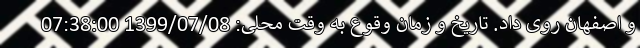
و اصفهان روی داد. تاریخ و زمان وقوع به وقت محلی: 1399/07/08 07:38:00